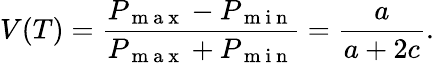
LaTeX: V(T)=\frac{P_{\mathrm{~m~a~x~}}-P_{\mathrm{~m~i~n~}}}{P_{\mathrm{~m~a~x~}}+P_{\mathrm{~m~i~n~}}}=\frac{a}{a+2c}.